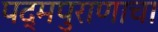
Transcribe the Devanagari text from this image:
पद्‌मपुराणाचा